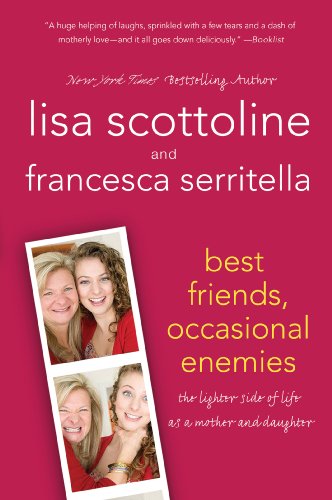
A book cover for Best Friends, Occasional Enemies: The Lighter Side of Life as a Mother and Daughter (Reading Group Gold); Lisa Scottoline; Parenting & Relationships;